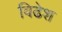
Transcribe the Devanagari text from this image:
विढेश